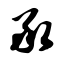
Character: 承